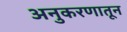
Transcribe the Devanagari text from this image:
अनुकरणातून